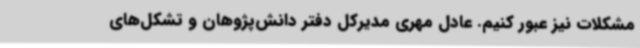
مشکلات نیز عبور کنیم. عادل مهری مدیرکل دفتر دانش‌پژوهان و تشکل‌های